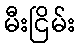
မီးငြိမ်း